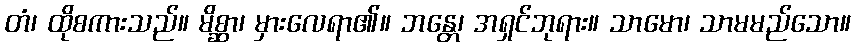
တံ၊ ထိုစကားသည်။ မိစ္ဆာ၊ မှားလေရာ၏။ ဘန္တေ၊ အရှင်ဘုရား။ သာမော၊ သာမမည်သော။